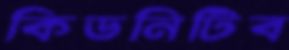
কিডনিটিব